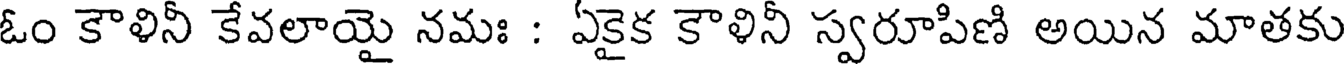
ఓం కౌళినీ కేవలాయై నమః : ఏకైక కౌళినీ స్వరూపిణి అయిన మాతకు